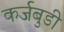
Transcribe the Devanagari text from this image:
कर्जबुडी